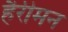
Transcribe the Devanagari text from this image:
हैरीमन